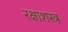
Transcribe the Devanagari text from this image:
रक्षाशस्त्र